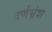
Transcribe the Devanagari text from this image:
वर्णभ्रंश